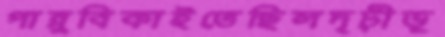
পান্নুবিকাইতেছিলদৃঢ়ীভূ